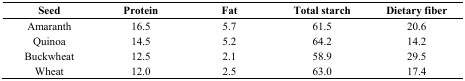
| Seed | Protein | Fat | Total starch | Dietary fiber |
 | --- | --- | --- | --- | --- |
 | Amaranth | 16.5 | 5.7 | 61.5 | 20.6 |
 | Quinoa | 14.5 | 5.2 | 64.2 | 14.2 |
 | Buckwheat | 12.5 | 2.1 | 58.9 | 29.5 |
 | Wheat | 12.0 | 2.5 | 63.0 | 17.4 |